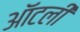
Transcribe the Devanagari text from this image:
ऑटली